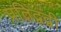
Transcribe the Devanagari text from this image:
प्रतिद्वद्वी